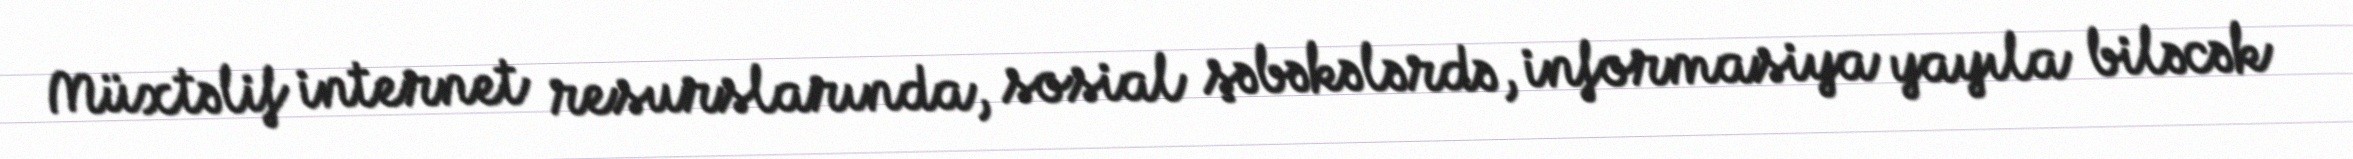
Müxtəlif internet resurslarında, sosial şəbəkələrdə, informasiya yayıla biləcək